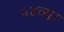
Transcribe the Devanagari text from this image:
५४व्या